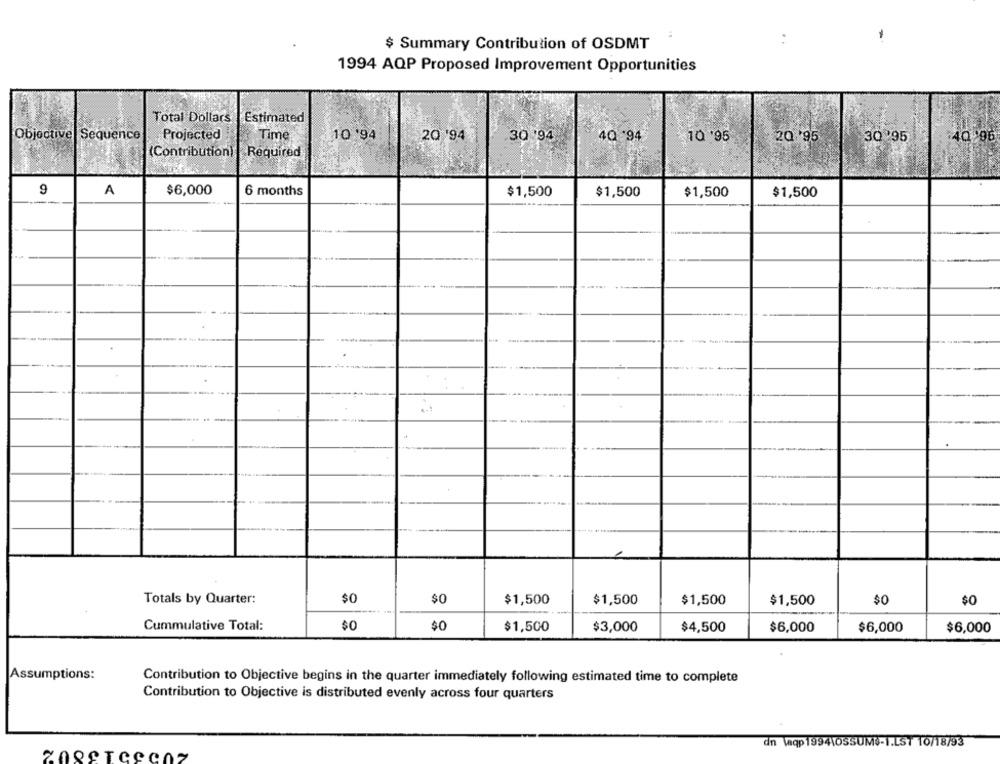
$ Summary Contribution of OSDMT
1994 AQP Proposed Improvement Opportunities
Total Dollars
Estimated
Objective Sequence
Projected
Time
10 '94
20/94
30 94
4Q 94
10'95
2Q '95
30 95
40.96
(Contribution)
Required
9
A
$6,000
6 months
$1,500
$1,500
$1,500
$1,500
1
Totals by Quarter:
$0
$0
$1,500
$1,500
$1,500
$1,500
$0
$0
Cummulative Total:
$0
$0
$1,500
$3,000
$4,500
$6,000
$6,000
$6,000
Assumptions:
Contribution to Objective begins in the quarter immediately following estimated time to complete
Contribution to Objective is distributed evenly across four quarters
dn Vaqp 1994\OSSUMS-1.LST 10/18/93